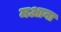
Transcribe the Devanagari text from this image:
मआना